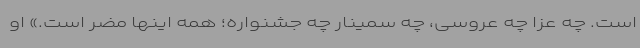
است. چه عزا چه عروسی، چه سمینار چه جشنواره؛ همه اینها مضر است.» او